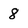
Character: 8